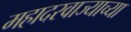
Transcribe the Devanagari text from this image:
महादरवाज्याच्या